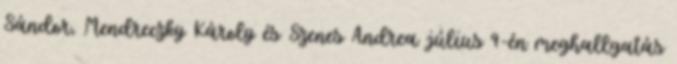
Sándor, Mendreczky Károly és Szenes Andrea július 9-én meghallgatás